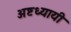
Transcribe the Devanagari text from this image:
अष्टध्यायी